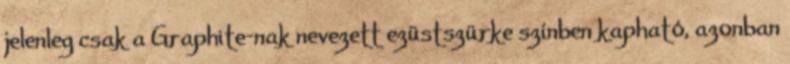
jelenleg csak a Graphite-nak nevezett ezüstszürke színben kapható, azonban